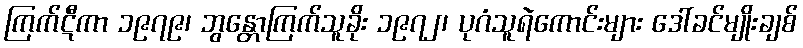
ကြက်ဋီကာ ၁၉၇၉၊ ဘွန္တောကြက်သူခိုး ၁၉၇၂၊ ပုဂံသူရဲကောင်းများ ဒေါ်ခင်မျိုးချစ်